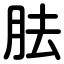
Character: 胠